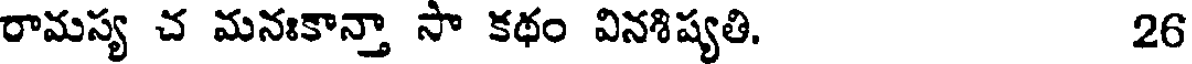
రామస్య చ మనఃకాన్తా సా కథం వినశిష్యతి. 26